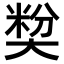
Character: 𡙢